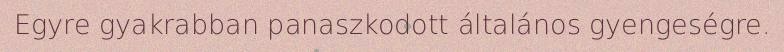
Egyre gyakrabban panaszkodott általános gyengeségre.